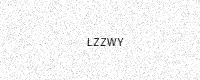
Text: LZZWY